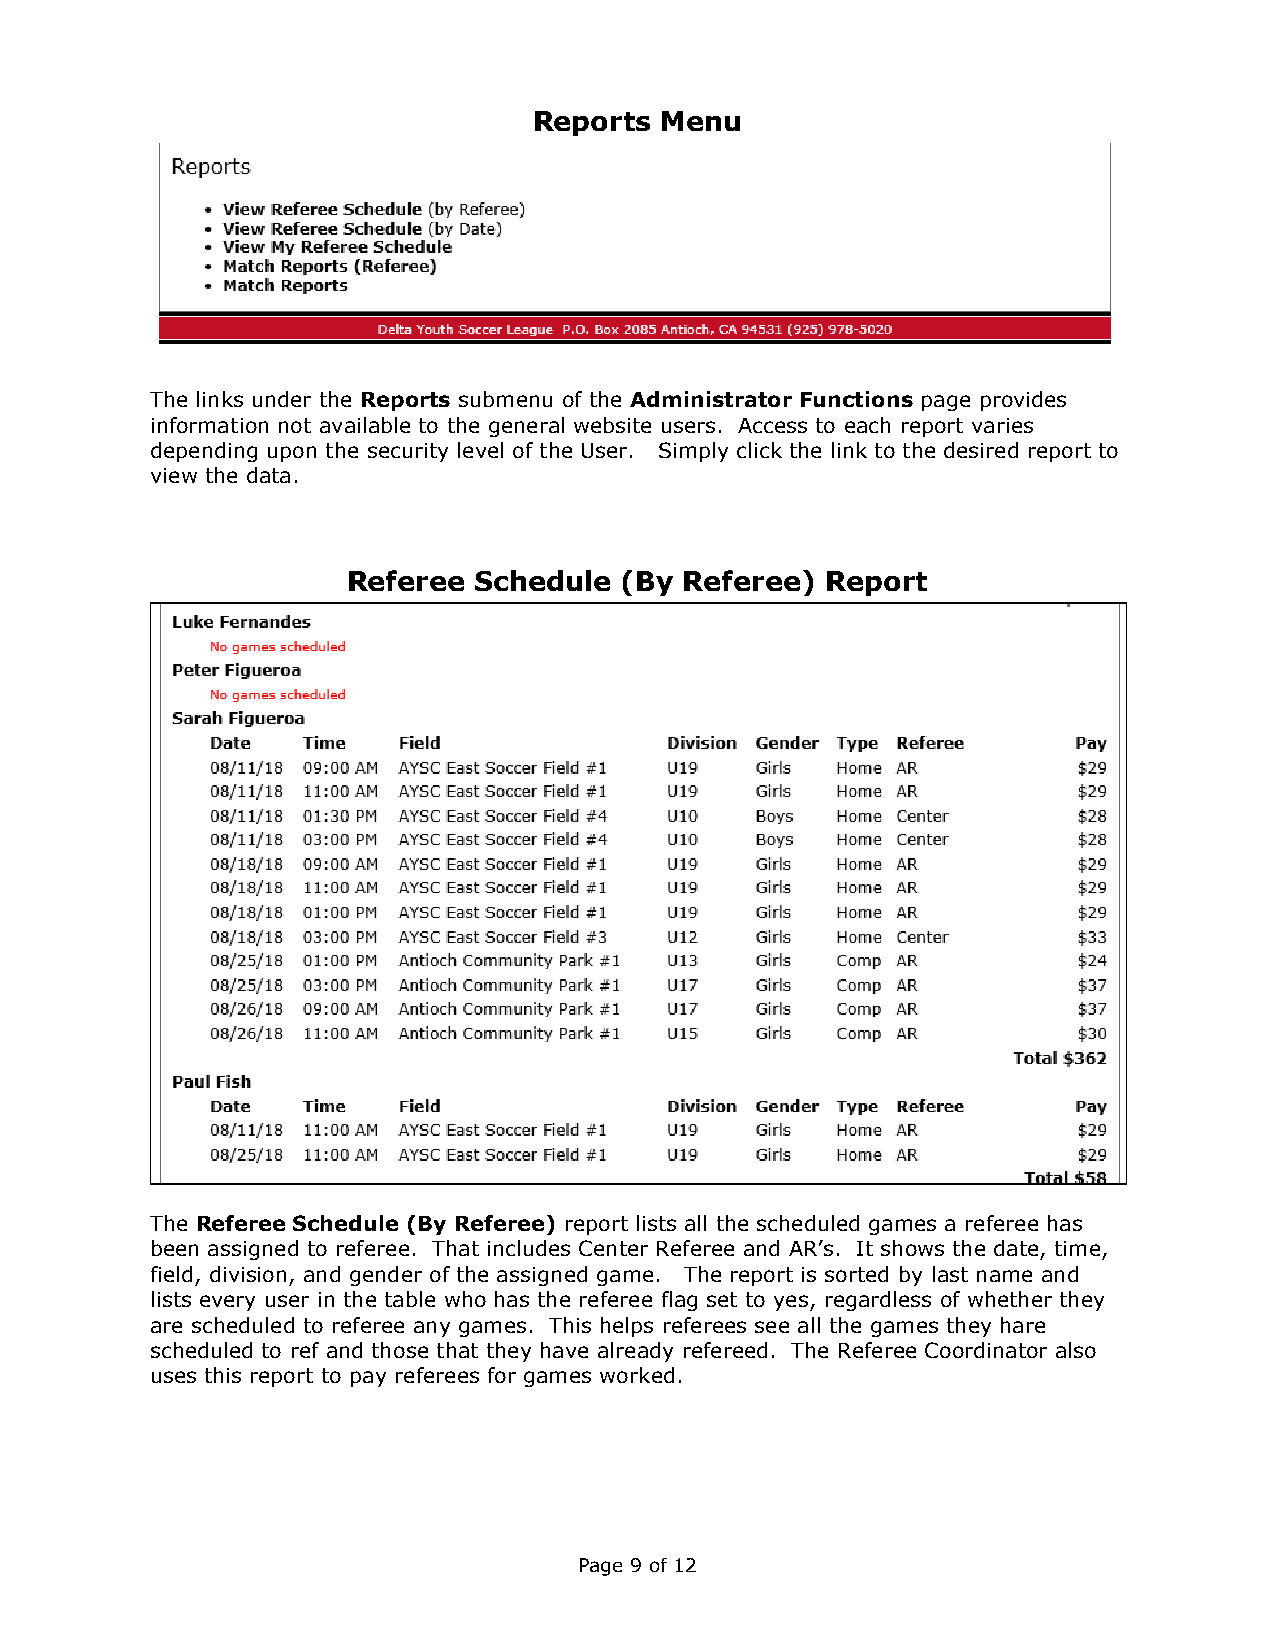
Reports  Menu
 The links under the Reports submenu of the Administrator Functions page provides
 information not available to the general website users. Access to each report varies
 depending upon the security level of the User. Simply click the link to the desired report to
 view the data.
 Referee Schedule  (By Referee)  Report
 The Referee Schedule (By Referee) report lists all the scheduled games a referee has
 been assigned to referee. That includes Center Referee and AR’s. It shows the date, time,
 field, division, and gender of the assigned game. The report is sorted by last name and
 lists every user in the table who has the referee flag set to yes, regardless of whether they
 are scheduled to referee any games. This helps referees see all the games they hare
 scheduled to ref and those that they have already refereed. The Referee Coordinator also
 uses this report to pay referees for games worked.
 Page 9 of 12